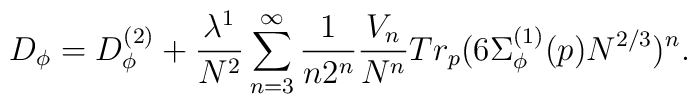
D_{\phi} = D_{\phi}^{(2)} + \frac{\lambda^1}{N^2} \sum_{n=3}^{\infty}\frac{1}{n 2^n}\frac{V_n}{N^n}Tr_p (6 \Sigma^{(1)}_{\phi}(p) N^{2/3})^n.